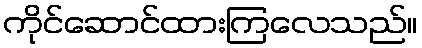
ကိုင်ဆောင်ထားကြလေသည်။